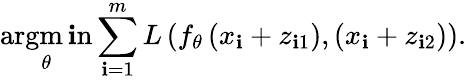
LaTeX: \underset{\theta}{\operatorname{argm\mathbf{i}n}}\sum_{\mathbf{i}=1}^{m}L\left(f_{\theta}\left(x_{\mathbf{i}}+z_{\mathbf{i}1}\right),(x_{\mathbf{i}}+z_{\mathbf{i}2})\right).